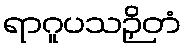
ရာဂူပသဉှိတံ